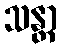
သန္တာ